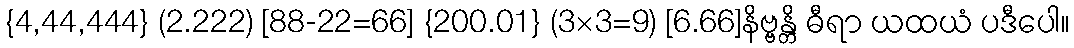
{4,44,444} (2.222) [88-22=66] {200.01} (3×3=9) [6.66]နိဗ္ဗန္တိ ဓီရာ ယထယံ ပဒီပေါ။